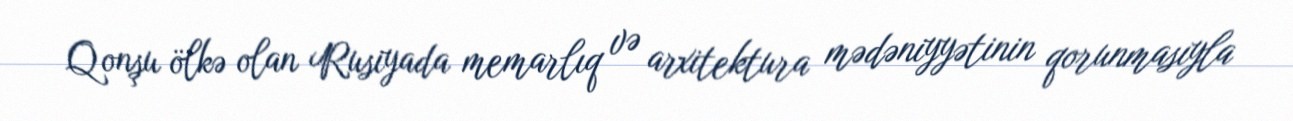
Qonşu ölkə olan Rusiyada memarlıq və arxitektura mədəniyyətinin qorunmasıyla